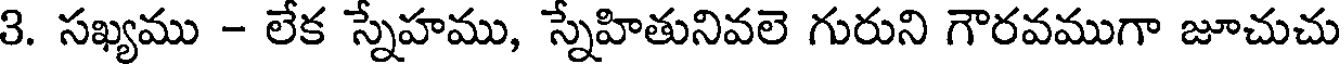
3. సఖ్యము - లేక స్నేహము, స్నేహితునివలె గురుని గౌరవముగా జూచుచు